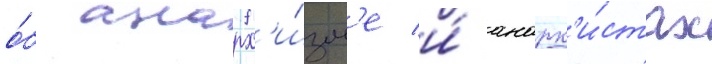
о́б анарх'и́зм'е и́ анарх'и́стах